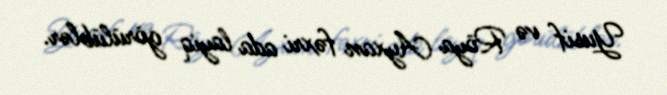
Yusif və Röya Ayxan fəxri ada layiq görülüblər.